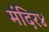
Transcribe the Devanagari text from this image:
मंदिर४